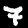
Digit: 7